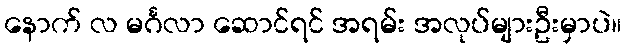
နောက် လ မင်္ဂလာ ဆောင်ရင် အရမ်း အလုပ်များဦးမှာပဲ။